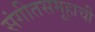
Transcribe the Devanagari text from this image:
संगीतसमूहाची